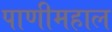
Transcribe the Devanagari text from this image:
पाणीमहाल